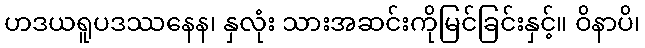
ဟဒယရူပဒဿနေန၊ နှလုံး သားအဆင်းကိုမြင်ခြင်းနှင့်။ ဝိနာပိ၊